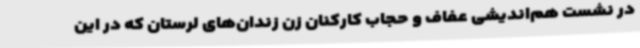
در نشست هم‌اندیشی عفاف و حجاب کارکنان زن زندان‌های لرستان که در این